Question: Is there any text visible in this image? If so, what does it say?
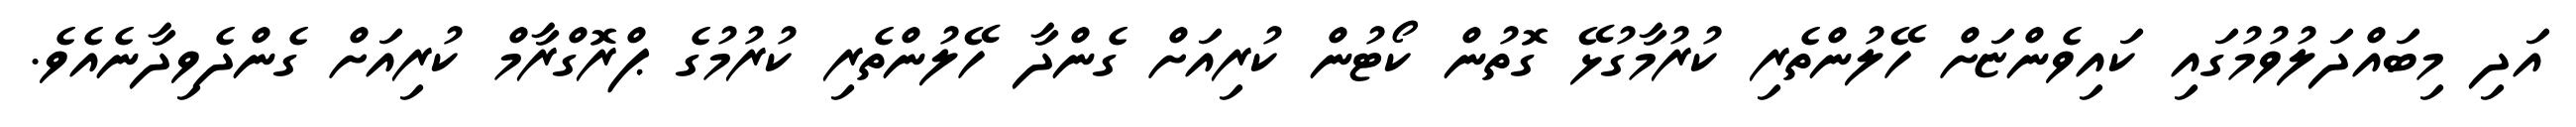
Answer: އަދި މިބައްދަލުވުމުގައި ކައިވެންޏަށް ހޭލުންތެރި ކުރުމާގުޅޭ ގޮތުން ކޯޓުން ކުރިއަށް ގެންދާ ހޭލުންތެރި ކުރުމުގެ ޕްރޮގްރާމް ކުރިއަށް ގެންދެވިދާނެއެވެ.